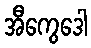
အီကွေဒေါ